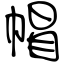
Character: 帽